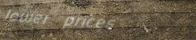
lower prices